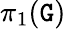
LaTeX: \pi_{1}(\mathtt{G})